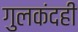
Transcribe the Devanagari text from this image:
गुलकंदही